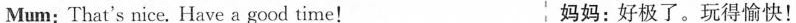
Mum: That's nice. Have agood time! 妈妈：好极了，玩得愉快！